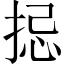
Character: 𢭄